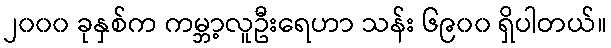
၂၀၀၀ ခုနှစ်က ကမ္ဘာ့လူဦးရေဟာ သန်း ၆၉၀၀ ရှိပါတယ်။